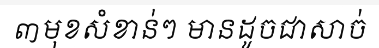
៣មុខសំខាន់ៗ មានដូចជាសាច់